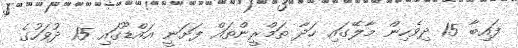
ފައިބާ 15 ދިވެހިން މާލޭގައި ހަދާ ތަމްރީންތައް ފަށަނީ އައްޑޫގައި 15 ދުވަހުގެ